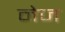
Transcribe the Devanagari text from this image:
नेज